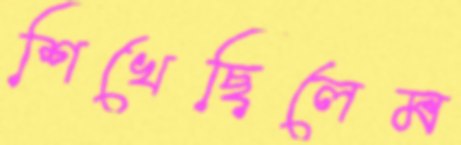
শিখেছিলেম